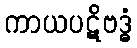
ကာယပဋိဗဒ္ဓံ